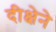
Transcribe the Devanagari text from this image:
दीक्षेने